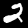
Label: 2